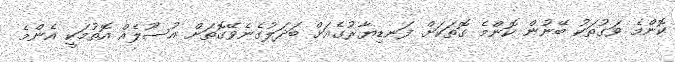
ކޮންމެ ވަގުތަކު ބޭނުން ކޮންމެ ގޮތަކަށް ފަނޑިޔާރުގެއަށް ބަދަލުގެނެވޭގޮތަށް އުސޫލެއް އޮތުމަކީ އެންމެ